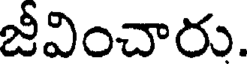
జీవించారు.